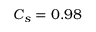
C _ { s } = 0 . 9 8